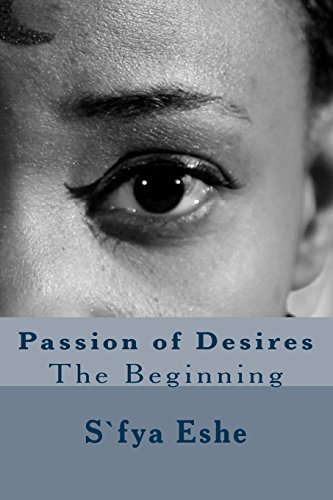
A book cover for Passion of Desires: The Begnning; S`fya Eshe; Romance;